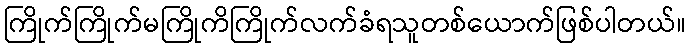
ကြိုက်ကြိုက်မကြိုကိကြိုက်လက်ခံရသူတစ်ယောက်ဖြစ်ပါတယ်။